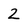
Character: 2